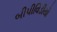
બીપીવિડીયો